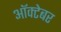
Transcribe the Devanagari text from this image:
आॅक्टेबर